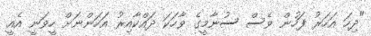
"ދިހަ އަހަރު ފަހުން ވެސް ސުނާމީގެ ވާހަކަ ދައްކާއިރު އަހަންނަށް ހީވަނީ އެއީ